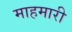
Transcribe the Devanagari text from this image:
माहमारी